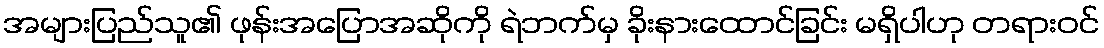
အများပြည်သူ၏ ဖုန်းအပြောအဆိုကို ရဲဘက်မှ ခိုးနားထောင်ခြင်း မရှိပါဟု တရားဝင်